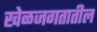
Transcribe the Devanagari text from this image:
खेळजगतातील